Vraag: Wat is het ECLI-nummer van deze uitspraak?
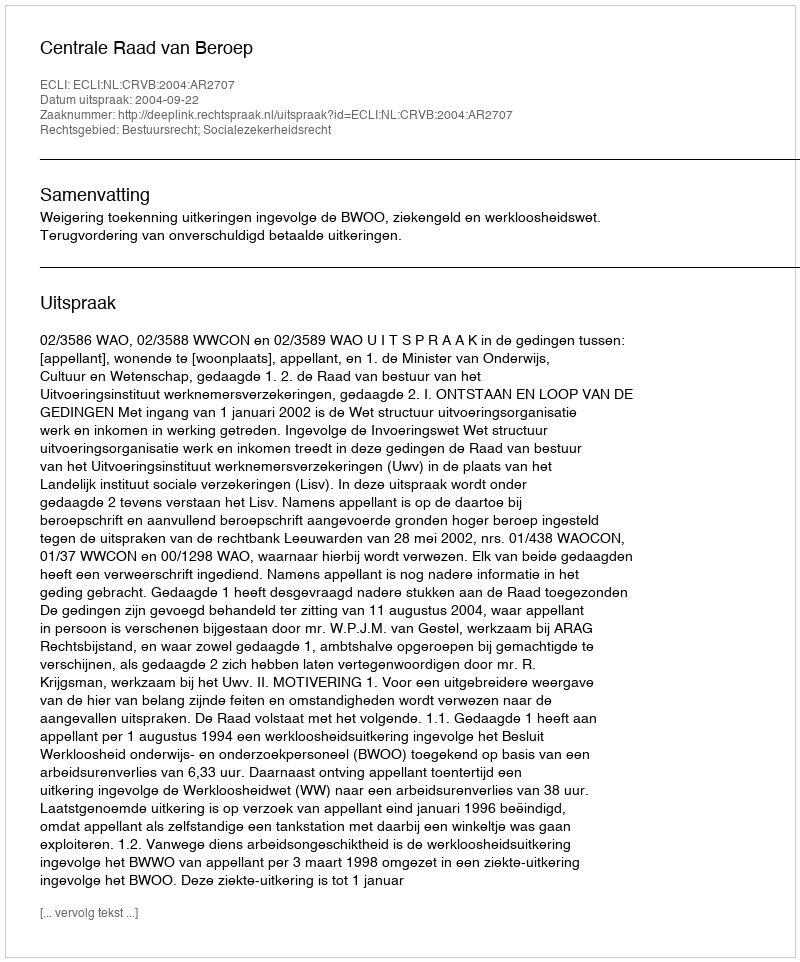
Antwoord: ECLI:NL:CRVB:2004:AR2707